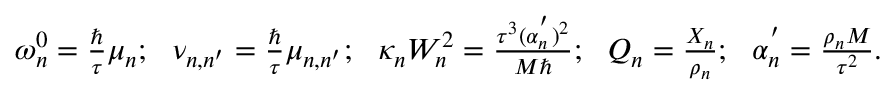
\begin{array} { r } { \omega _ { n } ^ { 0 } = \frac { \hbar } { \tau } \mu _ { n } ; ~ ~ \nu _ { n , n ^ { \prime } } = \frac { \hbar } { \tau } \mu _ { n , n ^ { \prime } } ; ~ ~ \kappa _ { n } W _ { n } ^ { 2 } = \frac { \tau ^ { 3 } ( \alpha _ { n } ^ { ' } ) ^ { 2 } } { M \hbar } ; ~ ~ Q _ { n } = \frac { X _ { n } } { \rho _ { n } } ; ~ ~ \alpha _ { n } ^ { ' } = \frac { \rho _ { n } M } { \tau ^ { 2 } } . } \end{array}